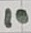
Text: 10